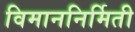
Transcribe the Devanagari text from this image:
विमाननिर्मिती